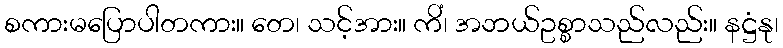
စကားမပြောပါတကား။ တေ၊ သင့်အား။ ကိံ၊ အဘယ်ဥစ္စာသည်လည်း။ နဋ္ဌံနု၊